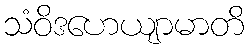
သံဝိဒဟေယျာမာတိ